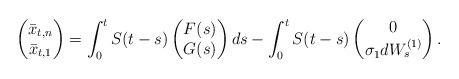
LaTeX: \begin{align*} \begin{pmatrix}\bar{x}_{t,n} \\ \bar{x}_{t,1} \\ \end{pmatrix}= \int_0^t S(t-s)\begin{pmatrix}F(s) \\ G(s) \\ \end{pmatrix}ds - \int_0^t S(t-s)\begin{pmatrix}0 \\ \sigma_1 dW_s^{(1)} \\ \end{pmatrix}. \end{align*}